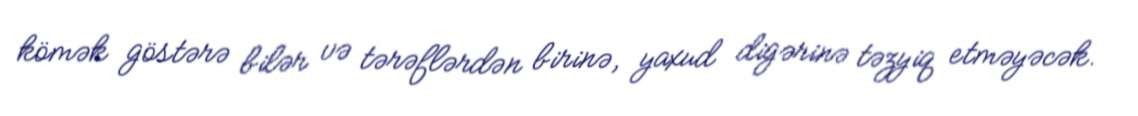
kömək göstərə bilər və tərəflərdən birinə, yaxud digərinə təzyiq etməyəcək.